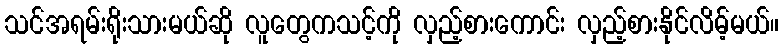
သင်အရမ်းရိုးသားမယ်ဆို လူတွေကသင့်ကို လှည့်စားကောင်း လှည့်စားနိုင်လိမ့်မယ်။